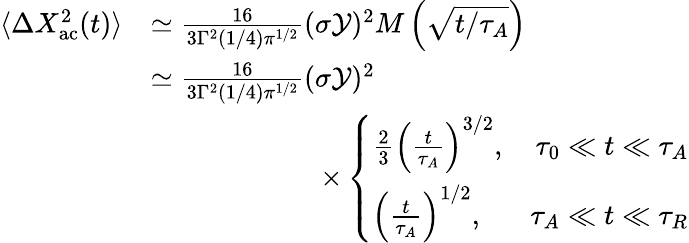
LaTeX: \begin{array}{rl}{\langle\Delta X_{\mathrm{ac}}^{2}(t)\rangle}&{\simeq\frac{16}{3\Gamma^{2}(1/4){\pi}^{1/2}}(\sigma\mathcal{Y})^{2}M\left(\sqrt{t/\tau_{A}}\right)}\\ &{\simeq\frac{16}{3\Gamma^{2}(1/4){\pi}^{1/2}}(\sigma\mathcal{Y})^{2}}\\ &{\qquad\qquad\qquad\times\left\{ \begin{array}{lr}{\frac{2}{3}\left(\frac{t}{\tau_{A}}\right)^{3/2},}&{\tau_{0}\ll t\ll\tau_{A}}\\ {\left(\frac{t}{\tau_{A}}\right)^{1/2},}&{\tau_{A}\ll t\ll\tau_{R}}\end{array}\right.}\end{array}